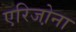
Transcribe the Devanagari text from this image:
एरिजो़ना